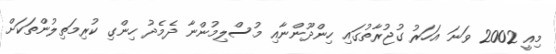
މިއީ 2002 ވަނަ އަހަރު ގުޖުރާތުގައި ހިންދޫންނާއި މުސްލިމުންނާ ދެމެދު ހިންގި ކުރިމަތިލުންތަކަށް